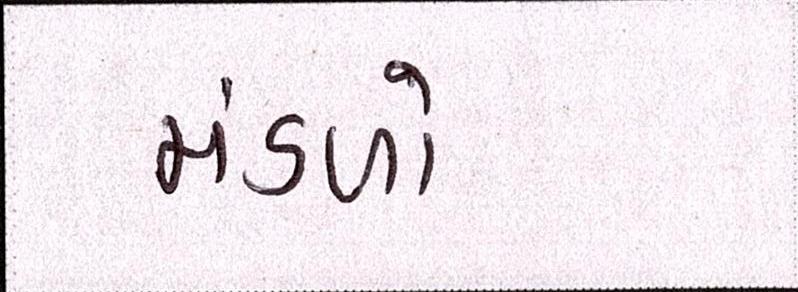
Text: મંડળો